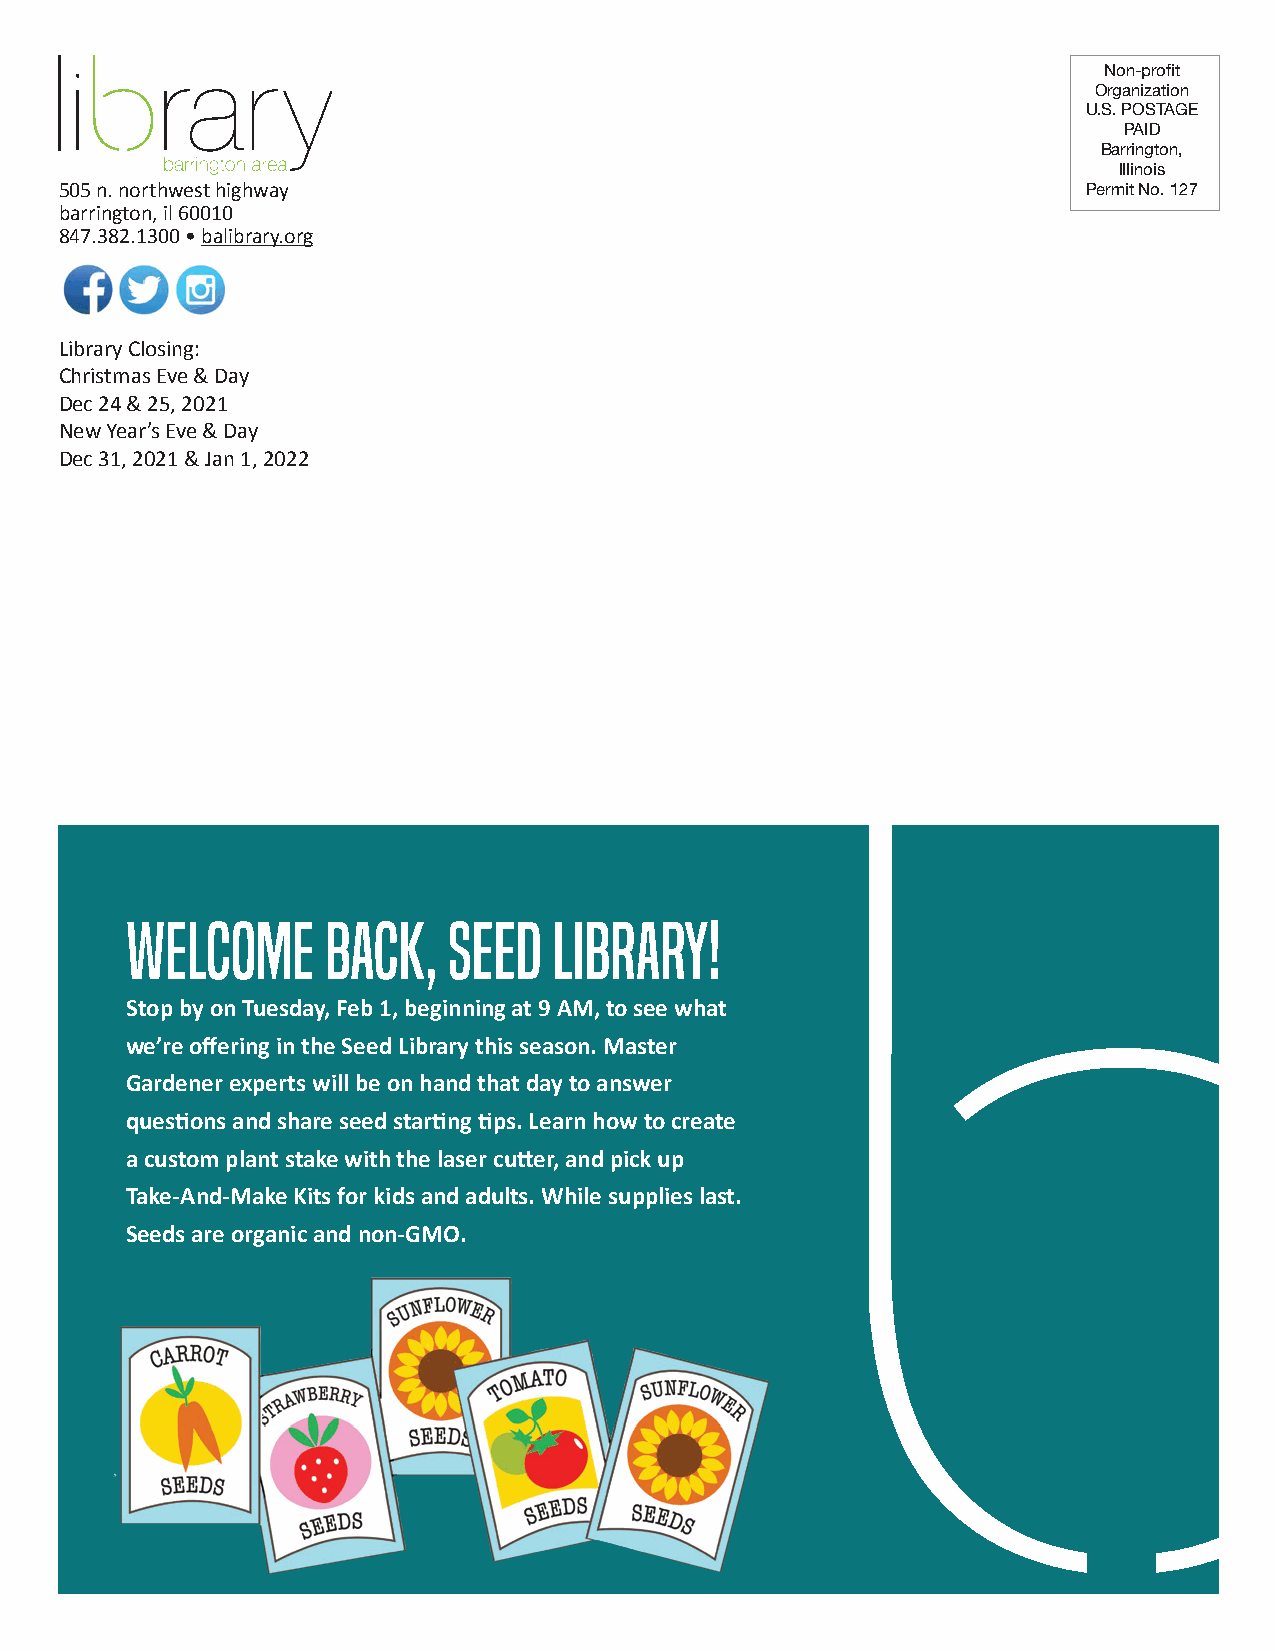
Non-profit
 Organization
 U.S. POSTAGE
 PAID
 Barrington,
 Illinois
 505 n. northwest highway                                            Permit No. 127
 barrington, il 60010
 847.382.1300 • balibrary.org
 Library Closing:
 Christmas Eve & Day
 Dec 24 & 25, 2021
 New Year’s Eve & Day
 Dec 31, 2021 & Jan 1, 2022
 Welcome       back,   Seed   Library!
 Stop by on Tuesday, Feb 1, beginning at 9 AM, to see what
 we’re offering in the Seed Library this season. Master
 Gardener experts will be on hand that day to answer
 questions and share seed starting tips. Learn how to create
 a custom plant stake with the laser cutter, and pick up
 Take-And-Make Kits for kids and adults. While supplies last.
 Seeds are organic and non-GMO.